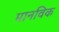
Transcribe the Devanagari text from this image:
मानविक